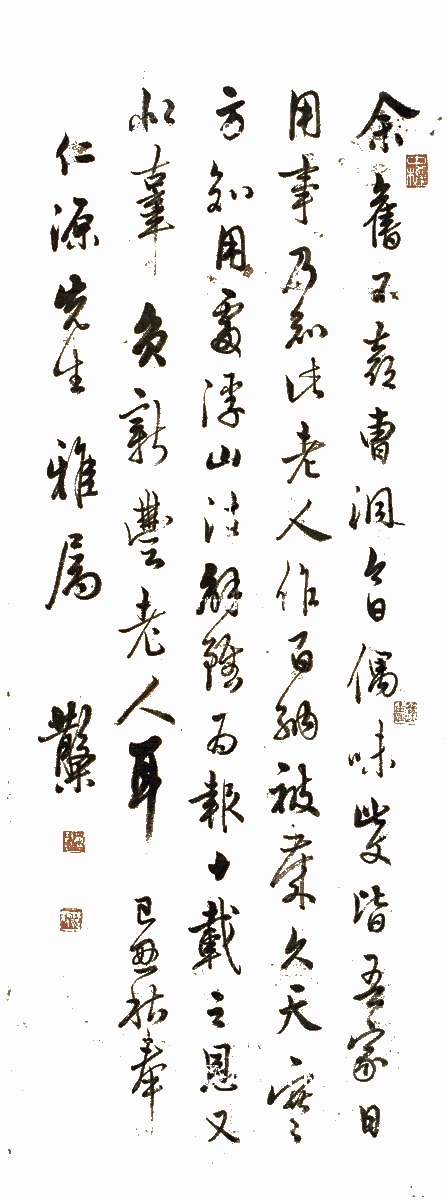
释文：余旧不喜曹洞，今日偶味此文，皆吾家日用事。乃念此老人作百纳被，岁久天寒，方知用处，浮山注解，虽为报十载之恩，又似辜负新丰老人耳。己丑秋奉仁源先生雅属。散木。